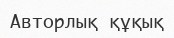
Авторлық құқық